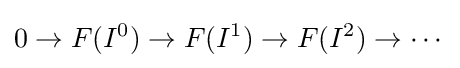
0\to F(I^{0})\to F(I^{1})\to F(I^{2})\to \cdots